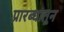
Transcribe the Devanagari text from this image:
प्रारब्धातून